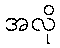
အလို